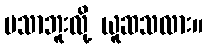
မသာဘူးလို့ ယူဆသလား။